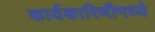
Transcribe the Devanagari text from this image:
कार्यकारिणीमध्ये